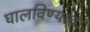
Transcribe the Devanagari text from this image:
घालविण्याचा